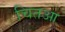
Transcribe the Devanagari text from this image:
चितआ